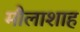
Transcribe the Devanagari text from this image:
मौलाशाह